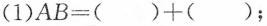
(1)$$AB=()+()$$；